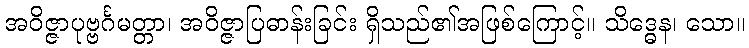
အဝိဇ္ဇာပုဗ္ဗင်္ဂမတ္တာ၊ အဝိဇ္ဇာပြဓာန်းခြင်း ရှိသည်၏အဖြစ်ကြောင့်။ သိဒ္ဓေန၊ သော။